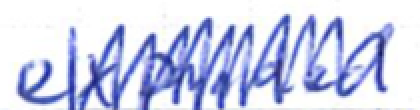
Text: expanded
Cross-out: zig-zag
Writing tool: ballpoint